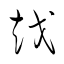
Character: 越